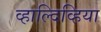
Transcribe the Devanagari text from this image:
व्हाल्दिव्हिया